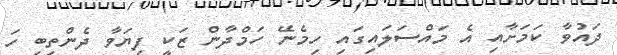
ދައުވާ ކަމަށާއި އެ މައްސަލައިގައި ހިމެނޭ ހަމްދާން ޒަކީ ފިޔަވާ ދެންތިބި ހަ